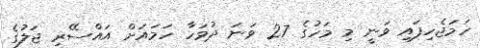
ހަމަޖެހިފައި ވަނީ މި މަހުގެ 27 ވަނަ ދުވަހާ ހަމައަށް އައްސޭރި ޖަލުގެ